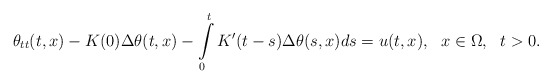
\begin{align*}\theta_{tt}(t,x)-K(0)\Delta\theta(t,x)-\int\limits^t_0K^{\prime}(t-s)\Delta\theta(s,x)ds=u(t,x),\ \ x\in\Omega,\ \ t>0.\end{align*}